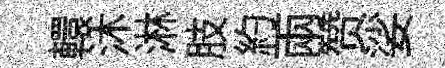
轘沐淋肢約兩赞娑